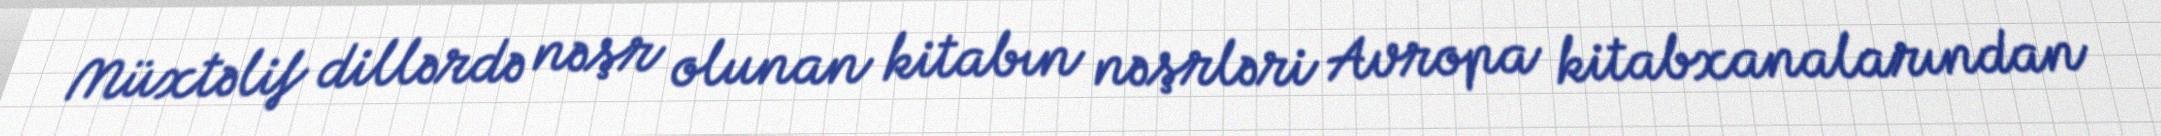
Müxtəlif dillərdə nəşr olunan kitabın nəşrləri Avropa kitabxanalarından